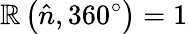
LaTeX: \mathbb{R}\left({\hat{{n}}},360^{\circ}\right)=1